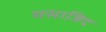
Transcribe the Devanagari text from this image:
मसाजिद